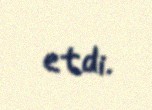
etdi.